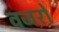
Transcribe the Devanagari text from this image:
वजरों